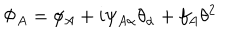
\Phi _ { A } = \phi _ { A } + i \psi _ { A \alpha } \theta _ { \alpha } + f _ { A } \theta ^ { 2 }